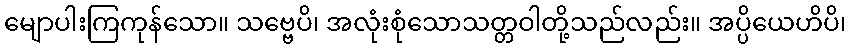
မျောပါးကြကုန်သော။ သဗ္ဗေပိ၊ အလုံးစုံသောသတ္တဝါတို့သည်လည်း။ အပ္ပိယေဟိပိ၊